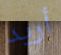
أريد